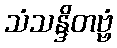
သံသန္ဒိတဗ္ဗံ